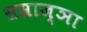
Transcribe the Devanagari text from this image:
सम्राज्ञा